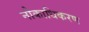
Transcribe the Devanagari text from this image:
नौकाधिकरण